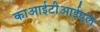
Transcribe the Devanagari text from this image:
काआईटीआईएल